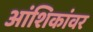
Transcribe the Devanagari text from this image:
आंशिकांवर